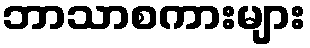
ဘာသာစကားများ